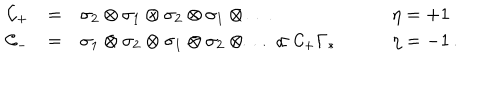
\begin{array} { r c l l } { { { \cal C } _ { + } } } & { { = } } & { { \sigma _ { 2 } \otimes \sigma _ { 1 } \otimes \sigma _ { 2 } \otimes \sigma _ { 1 } \otimes \ldots \qquad } } & { { \eta = + 1 \nonumber } } \\ { { { \cal C } _ { - } } } & { { = } } & { { \sigma _ { 1 } \otimes \sigma _ { 2 } \otimes \sigma _ { 1 } \otimes \sigma _ { 2 } \otimes \ldots \propto { \cal C } _ { + } \Gamma _ { * } \qquad } } & { { \eta = - 1 \, . } } \\ \end{array}